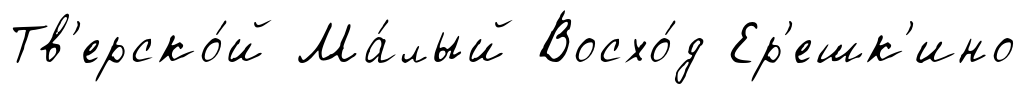
Тв'ерско́й Ма́лый Восхо́д Ер'ешк'ино